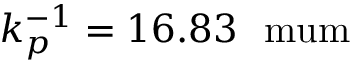
k _ { p } ^ { - 1 } = 1 6 . 8 3 \mathrm { ~ \ m u m }